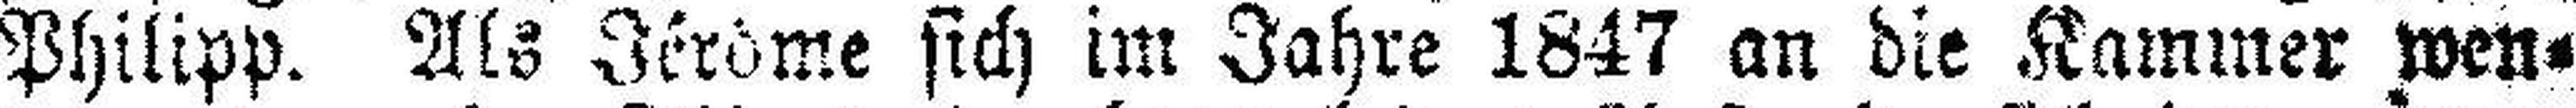
Philipp. Als Jérôme sich im Jahre 1847 an die Kammer wen¬